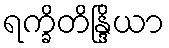
ရက္ခိတိန္ဒြိယာ